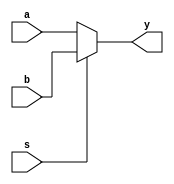
module mux2_1(a,b,s,y);
  input[31:0] a,b;
  input s;
  output[31:0] y;
  assign y=(s==1'b0)? a:b;
endmodule